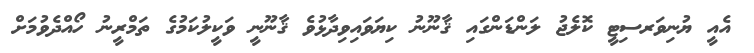
އެއީ ޔުނިވަރސިޓީ ކޮލެޖު ލަންޑަންގައި ޤާނޫނު ކިޔަވައިވިދާޅުވެ ޤާނޫނީ ވަކީލުކަމުގެ ތަމްރީނު ހޯއްދެވުމަށް